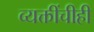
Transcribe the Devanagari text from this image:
व्यक्तींचीही